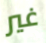
غير